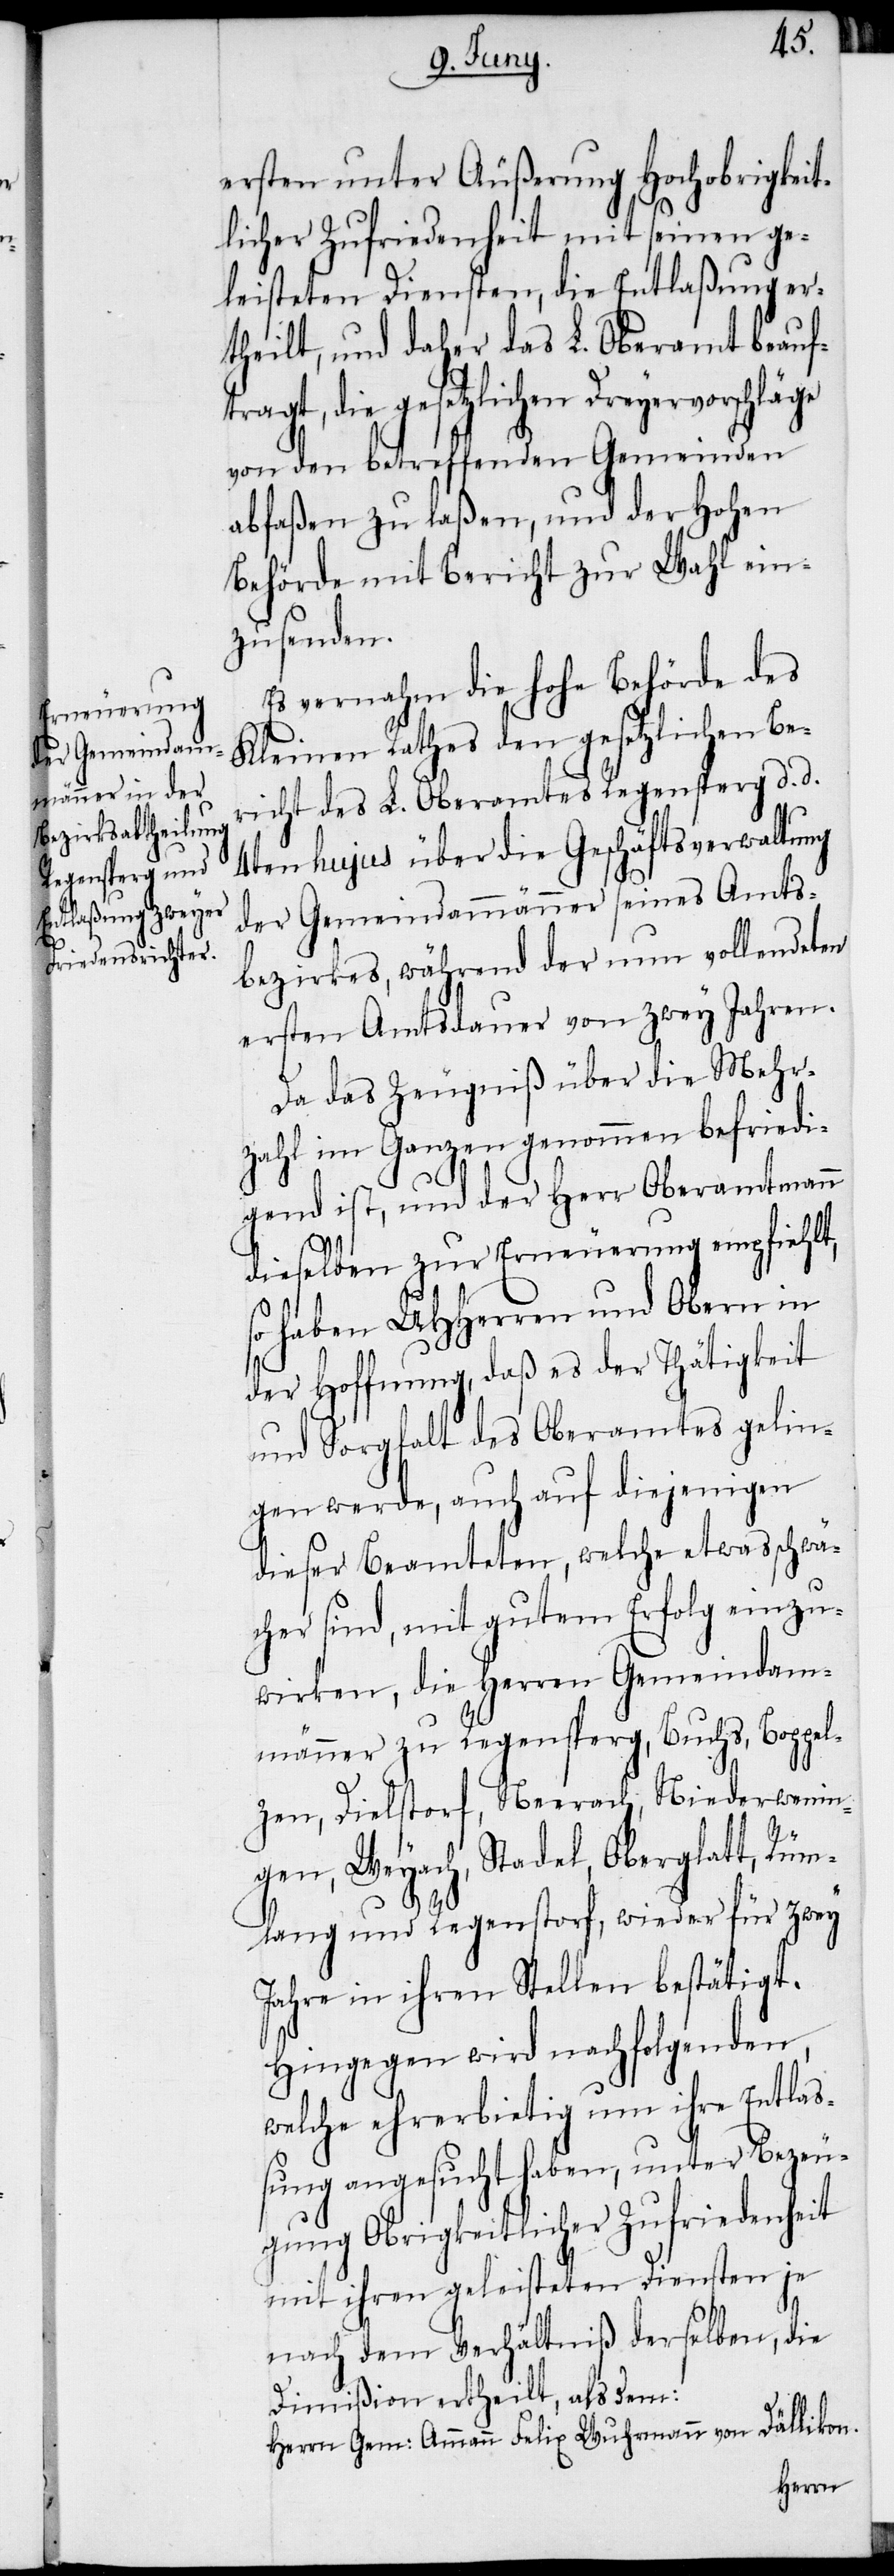
ersten unter Äußerung Hochobrigkeit¬
licher Zufriedenheit mit seinen ge¬
leisteten Diensten, die Entlaßung er¬
theilt, und daher das L. Oberamt beauf¬
tragt, die gesetzlichen Dreyervorschläge
von den betreffenden Gemeinden
abfaßen zu laßen, und der Hohen
Behörde mit Bericht zur Wahl ein¬
zusenden.
Es vernahm die hohe Behörde des
Kleinen Rathes den gesetzlichen Be¬
richt des L. Oberamtes Regensperg d. d.
4ten hujus über die Geschäftsverwaltung
der Gemeindammänner seines Amts¬
bezirkes, während der nun vollendeten
ersten Amtsdauer von zwey Jahren.
Da das Zeugniß über die Mehr¬
zahl im Ganzen genommen befriedi¬
gend ist, und der Herr Oberamtmann
dieselben zur Erneuerung empfiehlt,
so haben UHHerren und Obern in
der Hoffnung, daß es der Thätigkeit
und Sorgfalt des Oberamtes gelin¬
gen werde, auch auf diejenigen
dieser Beamteten, welche etwas schwä¬
cher sind, mit gutem Erfolg einzu¬
wirken, die Herren Gemeindam¬
männer zu Regensperg, Buchs, Boppel¬
zen, Dielstorf, Neerach, Niederwenin¬
gen, Weyach, Stadel, Oberglatt, Rüm¬
lang und Regenstorf, wieder für zwey
Jahre in ihren Stellen bestätigt.
Hingegen wird nachfolgenden,
welche ehrerbietig um ihre Entlaß¬
ung angesucht haben, unter Bezeu¬
gung Obrigkeitlicher Zufriedenheit
mit ihren geleisteten Diensten je
nach dem Verhältniß derselben, die
Dimißion ertheilt, als dem:
Herrn Gem: Ammann Felix Wuhrmann von Dällikon.